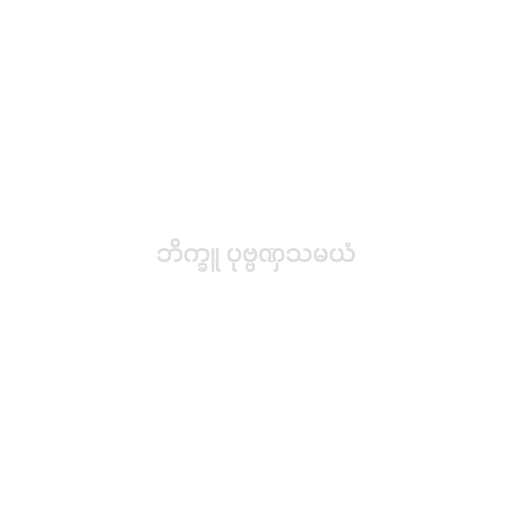
ဘိက္ခူ ပုဗ္ဗဏှသမယံ